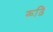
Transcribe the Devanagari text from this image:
रूढि़